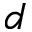
\c { d }